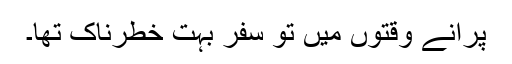
پرانے وقتوں میں تو سفر بہت خطرناک تھا۔